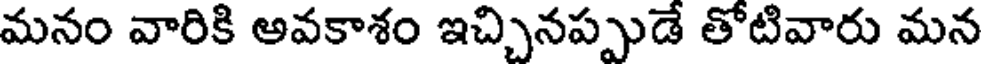
మనం వారికి అవకాశం ఇచ్చినప్పుడే తోటివారు మన